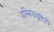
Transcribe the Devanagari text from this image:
यस्मिझदृष्टेऽपि